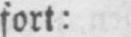
fort: